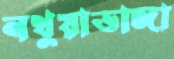
নথুয়াডাঙ্গা